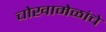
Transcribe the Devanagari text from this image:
चोखामेळांचे